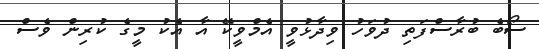
ސޯބެ ބުރާސްފަތި ދުވަހު ވިދާޅުވީ އެމްވީކޭ އާ އެކު މީގެ ކުރިން ވެސް